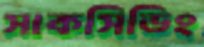
সাকসিডিং